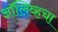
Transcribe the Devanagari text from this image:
ऑलिव्हचा